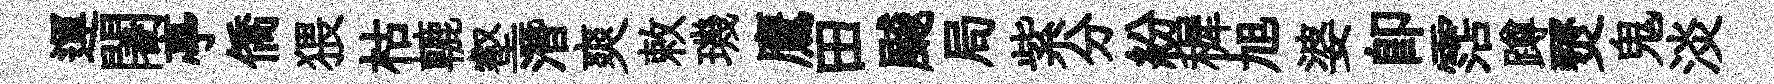
運闍亭僑猥枯轆壑潛爽敕璣鷹田飇局紫分紛穉旭婆即霑蹲燹鬼淡